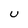
Character: U